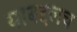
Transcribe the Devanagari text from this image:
याबद्दलच